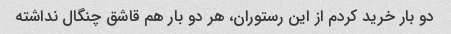
دو بار خرید کردم از این رستوران، هر دو بار هم قاشق چنگال نداشته